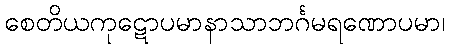
စေတိယကုဋောပမာနာသာဘင်္ဂမရဏောပမာ၊